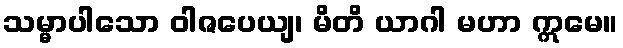
သမ္မာပါသော ဝါဇပေယျ၊ မိတိ ယာဂါ မဟာ ဣမေ။